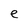
Character: e